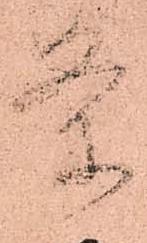
条